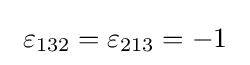
\ \varepsilon _{132}=\varepsilon _{213}=-1\